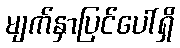
မျက်နှာပြင်ပေါ်ရှိ